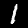
Label: 1